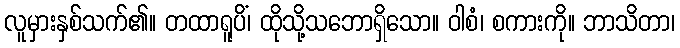
လူမှားနှစ်သက်၏။ တထာရူပိံ၊ ထိုသို့သဘောရှိသော။ ဝါစံ၊ စကားကို။ ဘာသိတာ၊